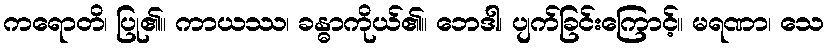
ကရောတိ၊ ပြု၏။ ကာယဿ၊ ခန္ဓာကိုယ်၏။ ဘေဒါ၊ ပျက်ခြင်းကြောင့်။ မရဏာ၊ သေ